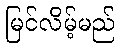
မြင်လိမ့်မည်